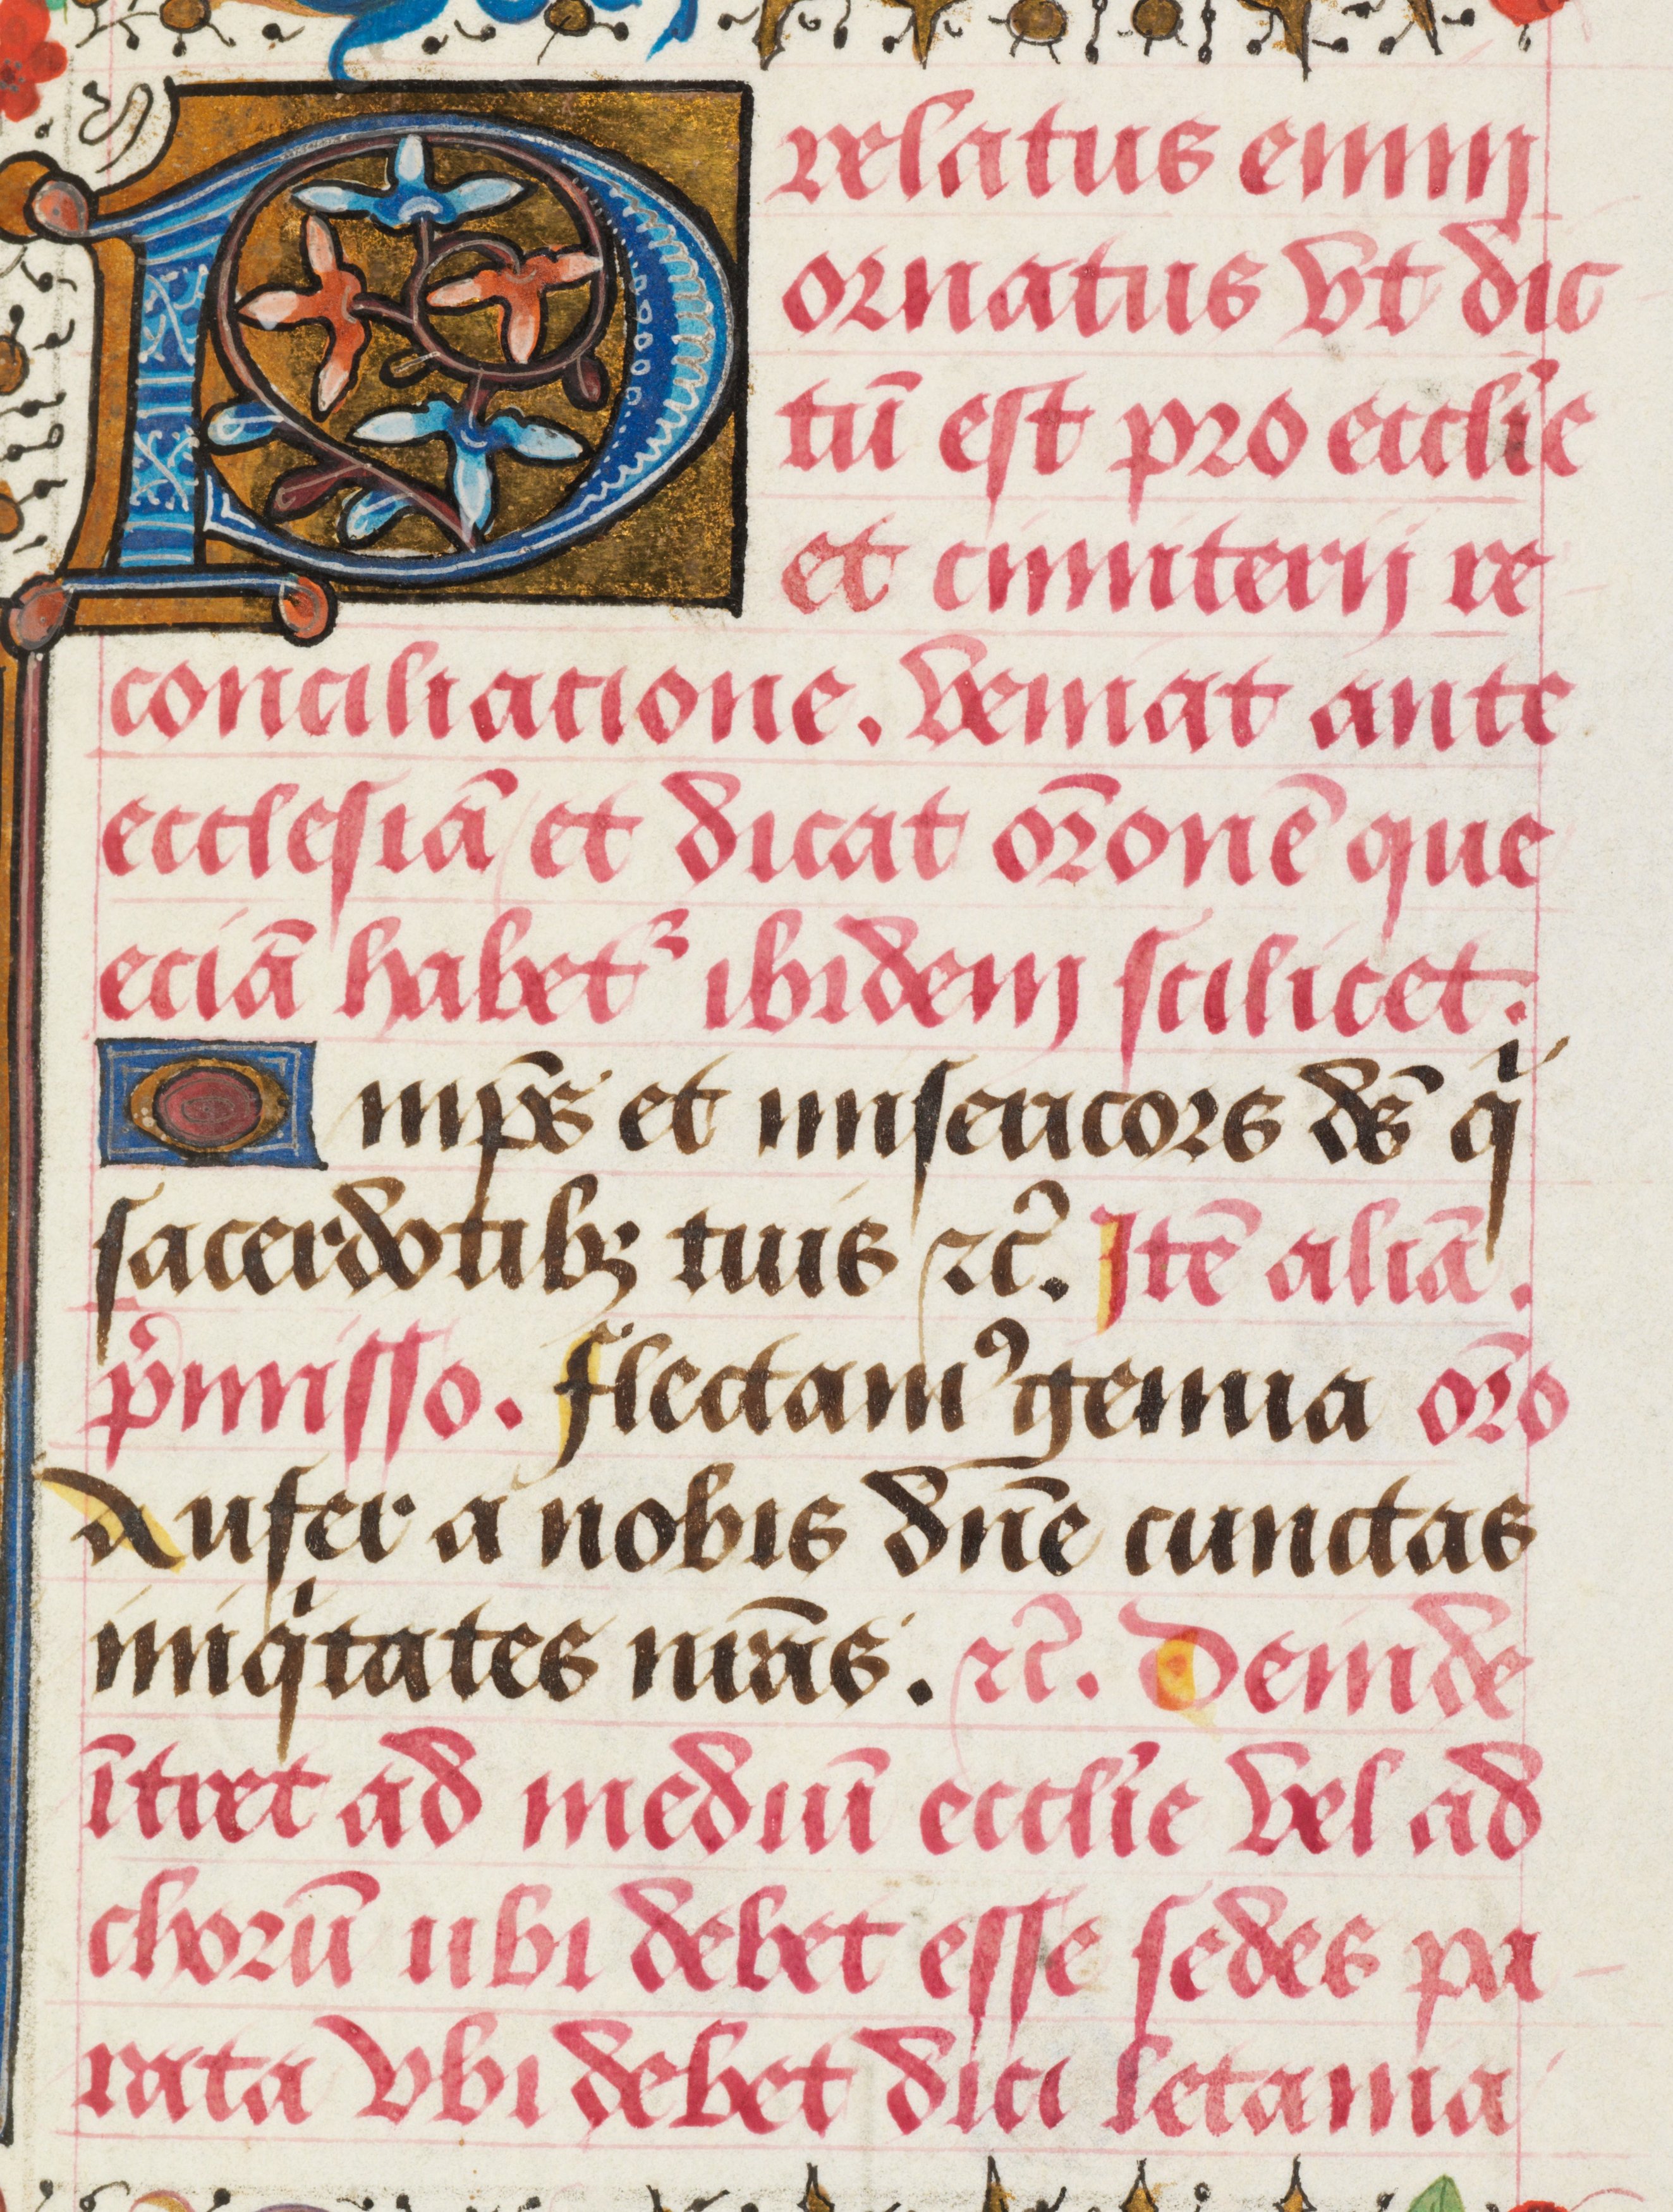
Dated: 1463–1498